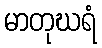
မာတုဃရံ